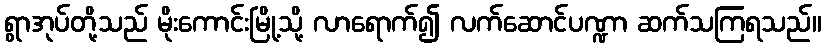
ရွာအုပ်တို့သည် မိုးကောင်းမြို့သို့ လာရောက်၍ လက်ဆောင်ပဏ္ဍာ ဆက်သကြရသည်။